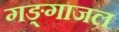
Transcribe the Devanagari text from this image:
गङ्गाजल